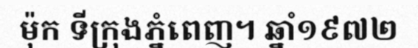
ម៉ុក ទីក្រុងភ្នំពេញ។ ឆ្នាំ១៩៧២